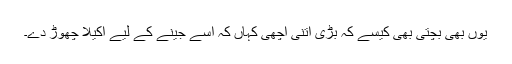
یوں بھی بچتی بھی کیسے کہ بڑی اتنی اچھی کہاں کہ اسے جینے کے لیے اکیلا چھوڑ دے۔